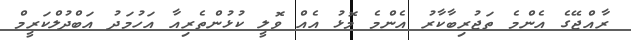
ރާއްޖޭގެ އެންމެ ތަޖުރިބާކާރު އެންމެ މޮޅު އެއް ވޮލީ ކުޅުންތެރިއާ އަހުމަދު އަބްދުލްކަރީމް